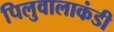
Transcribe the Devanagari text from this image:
पिलुवालाकंडी